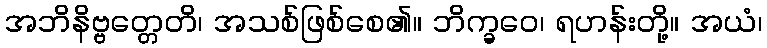
အဘိနိဗ္ဗတ္တေတိ၊ အသစ်ဖြစ်စေ၏။ ဘိက္ခဝေ၊ ရဟန်းတို့။ အယံ၊